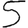
Digit: 5